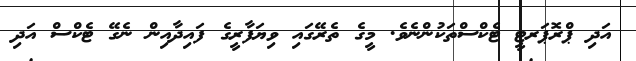
އަދި ޕްރޮޕަރޓީ ޓެކްސްތަކުންނެވެ. މީގެ ތެރޭގައި ވިޔަފާރީގެ ފައިދާއިން ނެގޭ ޓެކްސް އަދި